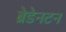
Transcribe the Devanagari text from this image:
ब्रेडेनटन